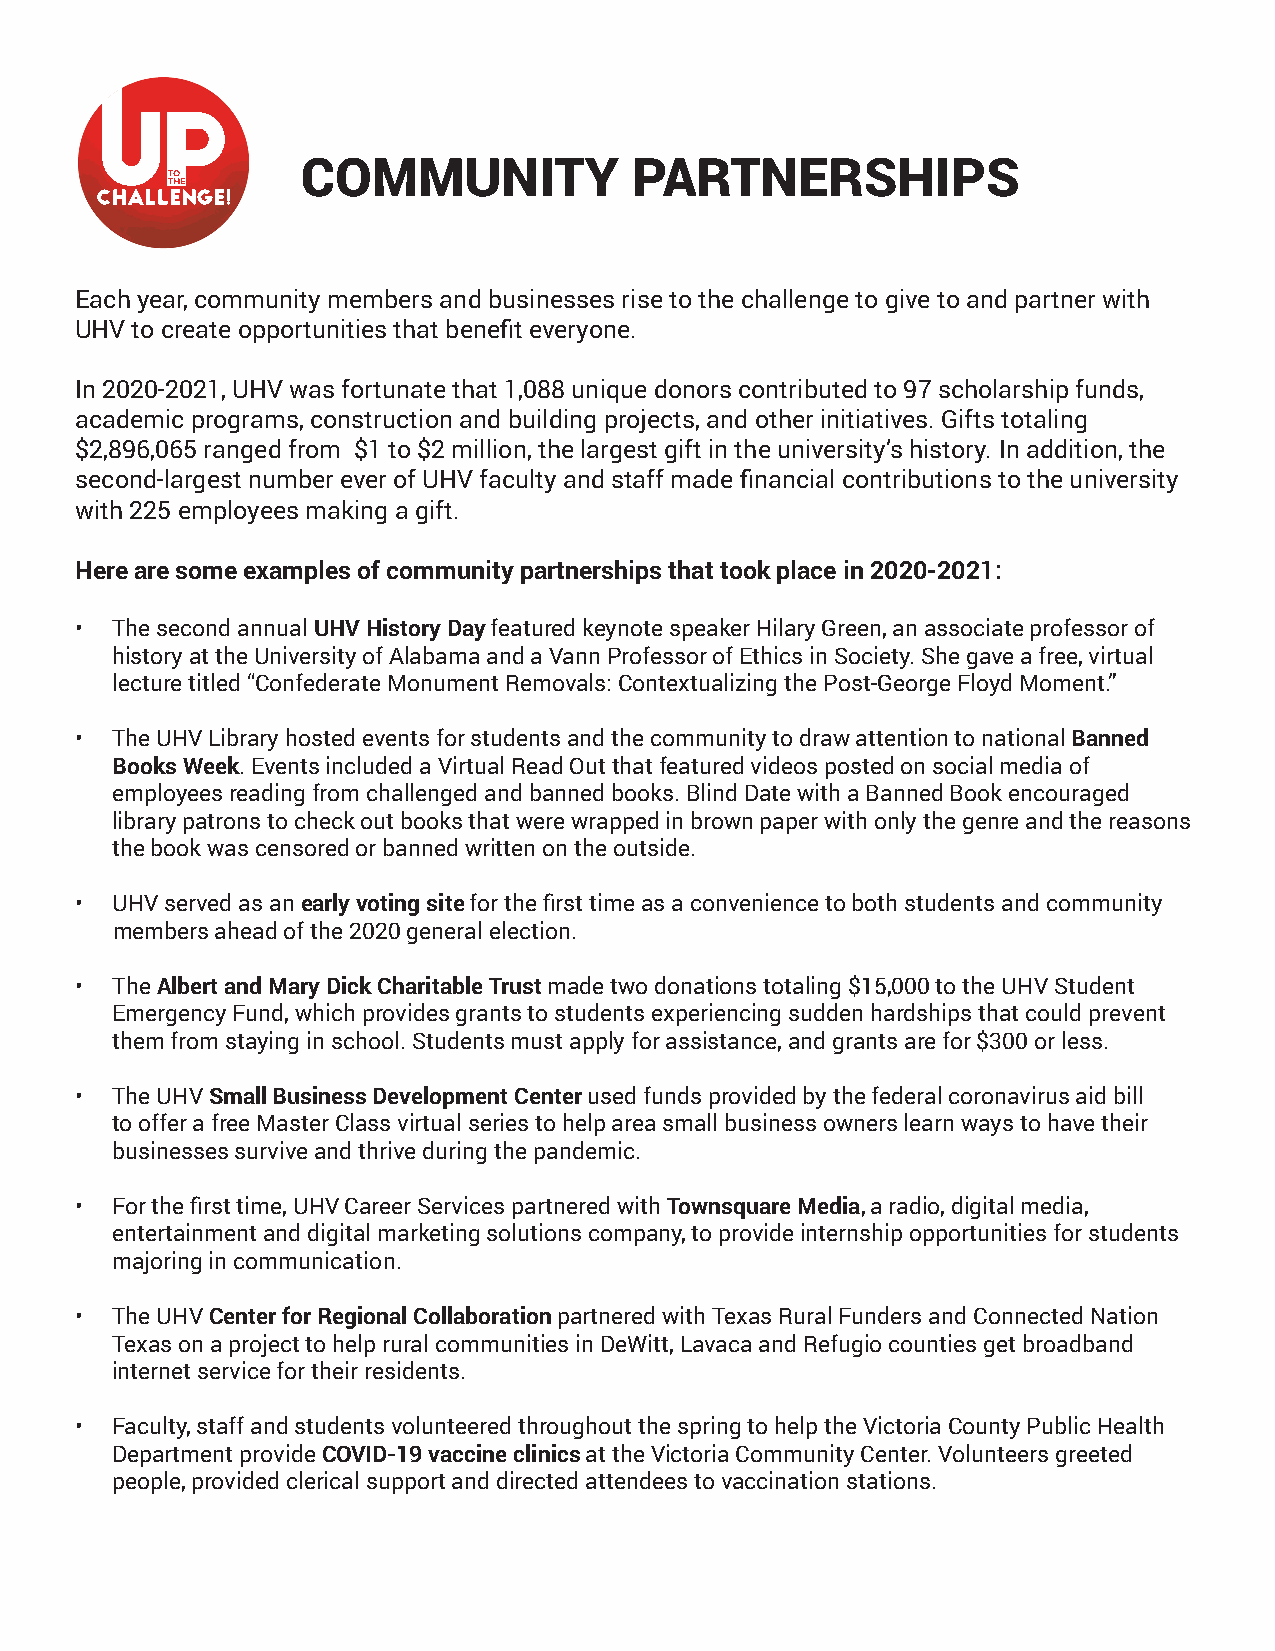
COMMUNITY             PARTNERSHIPS
 Each year, community members and businesses rise to the challenge to give to and partner with
 UHV to create opportunities that benefit everyone.
 In 2020-2021, UHV was fortunate that 1,088 unique donors contributed to 97 scholarship funds,
 academic programs, construction and building projects, and other initiatives. Gifts totaling
 $2,896,065 ranged from $1 to $2 million, the largest gift in the university’s history. In addition, the
 second-largest number ever of UHV faculty and staff made financial contributions to the university
 with 225 employees making a gift.
 Here are some examples of community partnerships that took place in 2020-2021:
 • The second annual UHV History Day featured keynote speaker Hilary Green, an associate professor of
 history at the University of Alabama and a Vann Professor of Ethics in Society. She gave a free, virtual
 lecture titled “Confederate Monument Removals: Contextualizing the Post-George Floyd Moment.”
 • The UHV Library hosted events for students and the community to draw attention to national Banned
 Books Week. Events included a Virtual Read Out that featured videos posted on social media of
 employees reading from challenged and banned books. Blind Date with a Banned Book encouraged
 library patrons to check out books that were wrapped in brown paper with only the genre and the reasons
 the book was censored or banned written on the outside.
 • UHV served as an early voting site for the first time as a convenience to both students and community
 members ahead of the 2020 general election.
 • The Albert and Mary Dick Charitable Trust made two donations totaling $15,000 to the UHV Student
 Emergency Fund, which provides grants to students experiencing sudden hardships that could prevent
 them from staying in school. Students must apply for assistance, and grants are for $300 or less.
 • The UHV Small Business Development Center used funds provided by the federal coronavirus aid bill
 to offer a free Master Class virtual series to help area small business owners learn ways to have their
 businesses survive and thrive during the pandemic.
 • For the first time, UHV Career Services partnered with Townsquare Media, a radio, digital media,
 entertainment and digital marketing solutions company, to provide internship opportunities for students
 majoring in communication.
 • The UHV Center for Regional Collaboration partnered with Texas Rural Funders and Connected Nation
 Texas on a project to help rural communities in DeWitt, Lavaca and Refugio counties get broadband
 internet service for their residents.
 • Faculty, staff and students volunteered throughout the spring to help the Victoria County Public Health
 Department provide COVID-19 vaccine clinics at the Victoria Community Center. Volunteers greeted
 people, provided clerical support and directed attendees to vaccination stations.